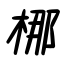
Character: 梛